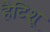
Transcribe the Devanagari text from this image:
हैटिशू